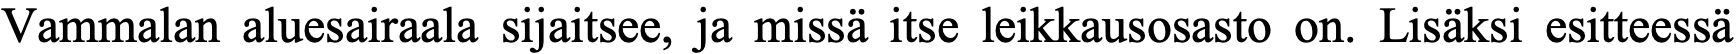
Vammalan aluesairaala sijaitsee, ja missä itse leikkausosasto on. Lisäksi esitteessä